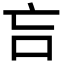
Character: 吂